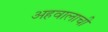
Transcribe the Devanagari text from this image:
अहवालाची